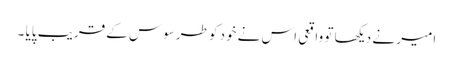
امیر نے دیکھا تو واقعی اس نے خود کو طرسوس کے قریب پایا ۔